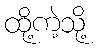
ထို့ကဲ့သို့